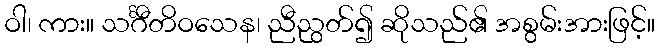
ဝါ၊ ကား။ သင်္ဂီတိဝသေန၊ ညီညွတ်၍ ဆိုသည်၏ အစွမ်းအားဖြင့်။